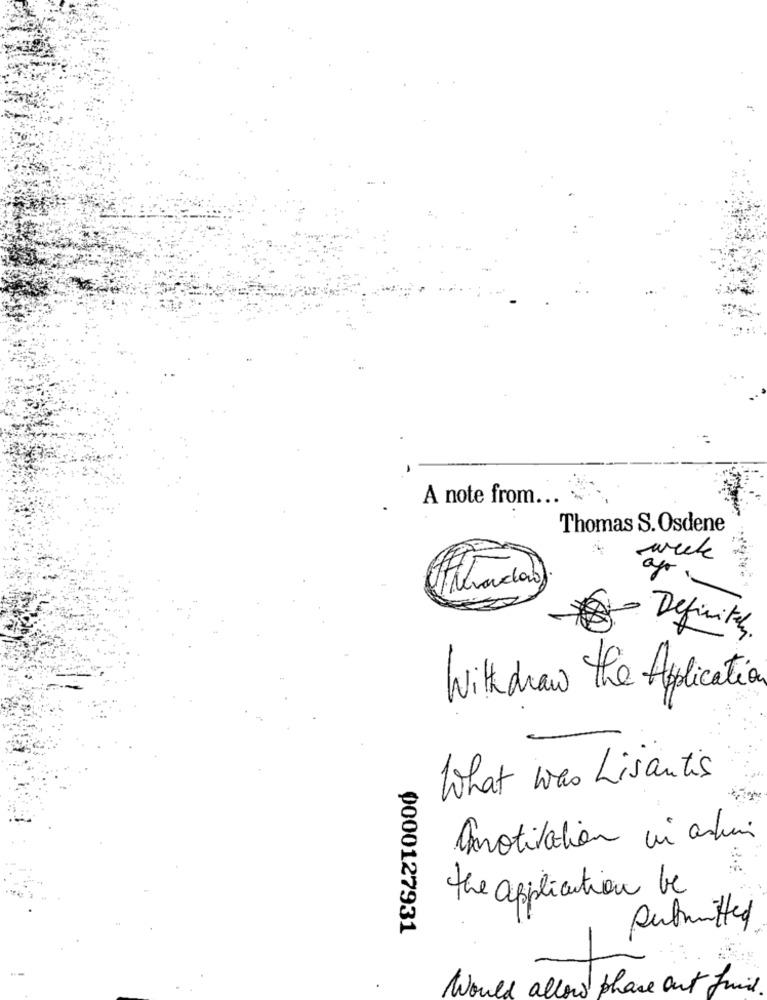
A note from ...
Thomas S. Osdene
week
Definitely.
With draw the Application
What was Lisantis
Imotivation vi ani
the application be
0000127931
Submitted
Would allow phase out find.